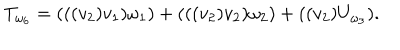
LaTeX: T _ { \omega _ { 6 } } = ( ( ( v _ { 2 } ) v _ { 1 } ) \omega _ { 1 } ) + ( ( ( v _ { 2 } ) v _ { 2 } ) \omega _ { 2 } ) + ( ( v _ { 2 } ) U _ { \omega _ { 3 } } ) .